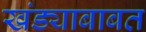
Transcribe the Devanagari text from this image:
खंड्याबाबत